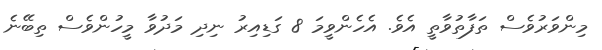
މިންވަރުވެސް ތަފާތުވާތީ އެވެ. އެހެންވީމަ 8 ގަޑިއިރު ނިދި މަދުވާ މީހުންވެސް ތިބޭނެ